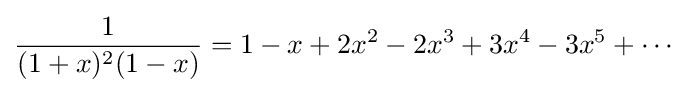
{\frac {1}{(1+x)^{2}(1-x)}}=1-x+2x^{2}-2x^{3}+3x^{4}-3x^{5}+\cdots